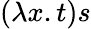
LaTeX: (\lambda x.t)s